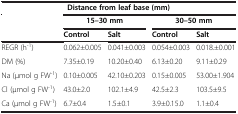
|  | Distance from leaf base (mm) |  |  |  |
 | --- | --- | --- | --- | --- |
 | <ROWSPAN=2>  | <COLSPAN=2> 15–30 mm | <COLSPAN=2> 30–50 mm |
 | Control | Salt | Control | Salt |
 | REGR (h-1) | 0.062±0.005 | 0.041±0.003 | 0.054±0.003 | 0.018.±0.001 |
 | DM (%) | 7.35±0.19 | 10.20±0.40 | 6.13±0.20 | 9.11±0.29 |
 | Na (μmol g FW-1) | 0.10±0.005 | 42.10±0.203 | 0.15±0.005 | 53.00±1.904 |
 | Cl (μmol g FW-1) | 43.0±2.0 | 102.1±4.9 | 42.5±2.3 | 103.5±9.5 |
 | Ca (μmol g FW-1) | 6.7±0.4 | 1.5±0.1 | 3.9±0.15.0 | 1.1±0.4 |